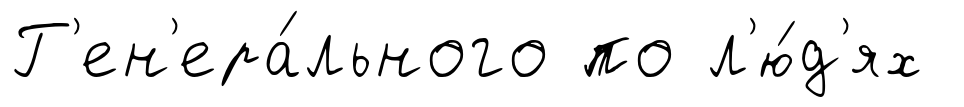
Г'ен'ера́льного по л'ю́д'ях